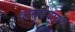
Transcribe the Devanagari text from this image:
वासुदेवाय।